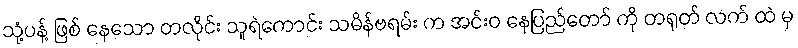
သုံ့ပန့် ဖြစ် နေသော တလိုင်း သူရဲကောင်း သမိန်ဗရမ်း က အင်းဝ နေပြည်တော် ကို တရုတ် လက် ထဲ မှ